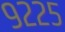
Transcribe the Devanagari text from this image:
९२२५